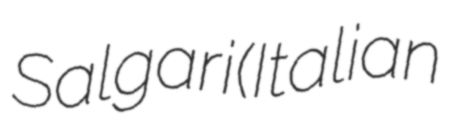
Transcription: Salgari (Italian